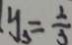
y _ { 3 } = \frac { 2 } { 3 }